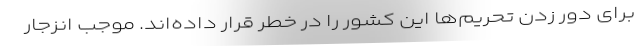
برای دور زدن تحریم‌ها این کشور را در خطر قرار داده‌اند. موجب انزجار